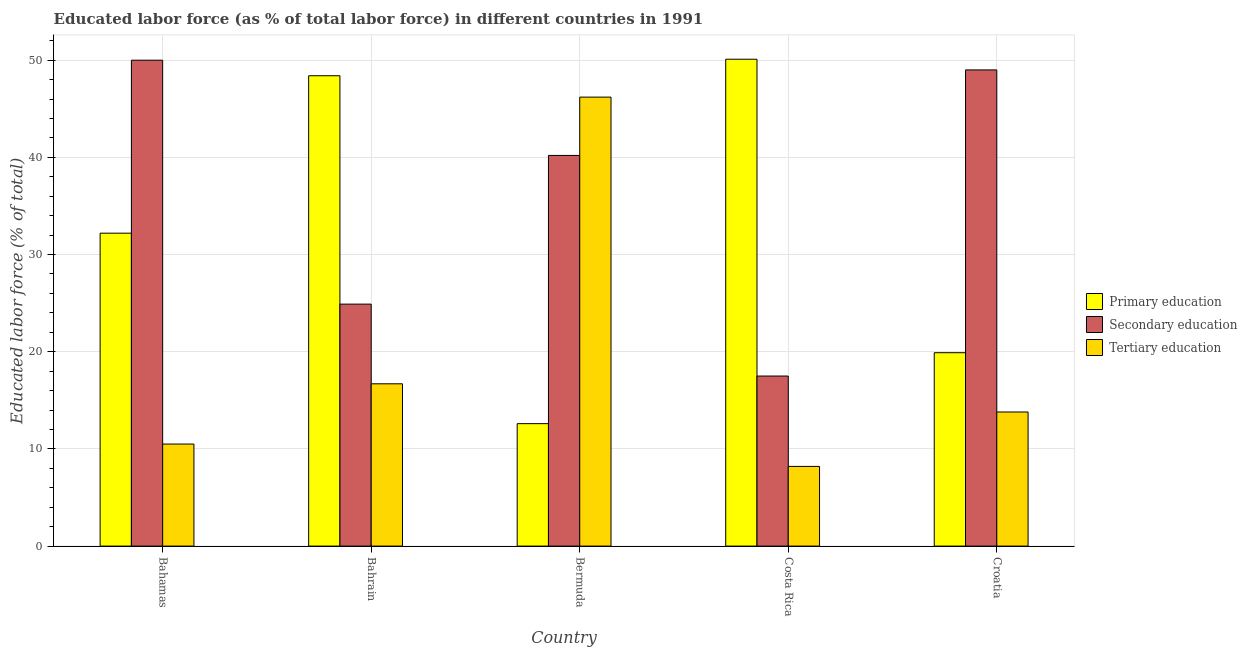
| Country | Primary education | Secondary education | Tertiary education |
 | --- | --- | --- | --- |
 | Bahamas | 32.2 | 50 | 10.5 |
 | Bahrain | 48.4 | 24.9 | 16.7 |
 | Bermuda | 12.6 | 40.2 | 46.2 |
 | Costa Rica | 50.1 | 17.5 | 8.2 |
 | Croatia | 19.9 | 49 | 13.8 |